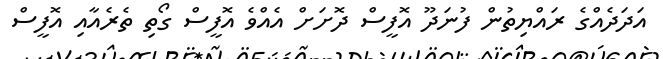
އަދަދެއްގެ ރައްޔިތުން ފުނަދޫ އޮފީސް ދޮށަށް އެއްވެ އޮފީސް ގޯތި ތެރެއާއި އޮފީސް